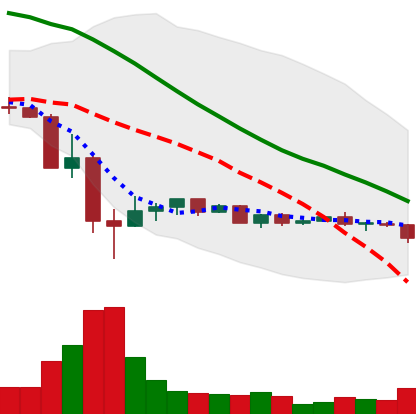
Ticker: DOGE-USD
Chart end date: 2022-05-26
Forward return: 9.729%
Label: up_7plus